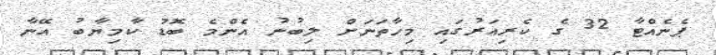
ޕެނެއްޓާ 32 ގެ ކެރިއަރުގައި މިހާތަނަށް ލިބުނު އެންމެ ބޮޑު ކާމިޔާބު އޭނާ